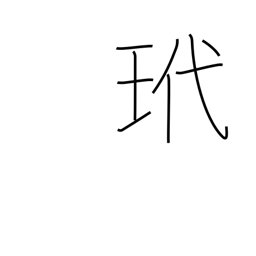
Meaning: tortoise shell